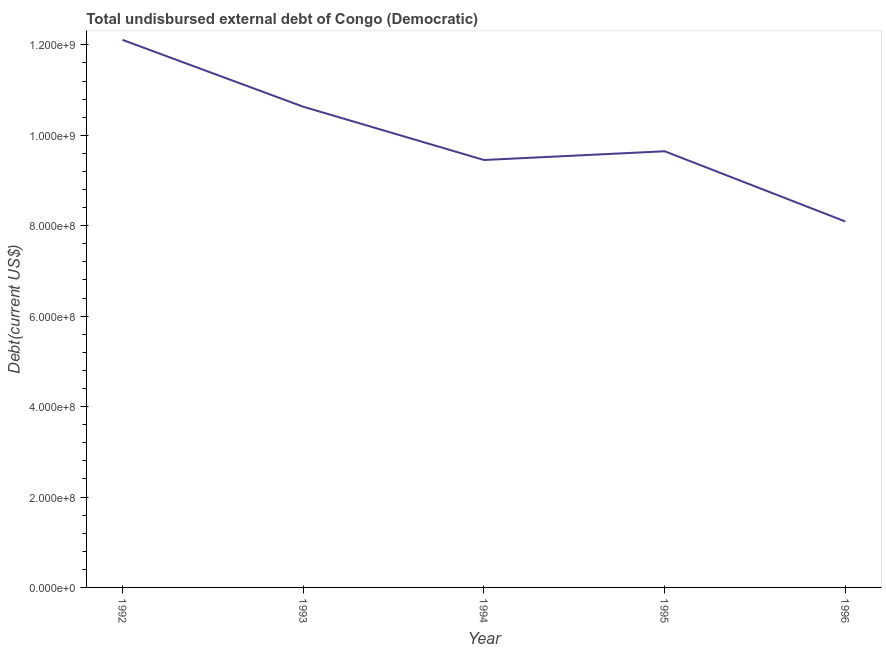
| Year | Total debt |
 | --- | --- |
 | 1992 | 1.21e+09 |
 | 1993 | 1.06e+09 |
 | 1994 | 9.45e+08 |
 | 1995 | 9.65e+08 |
 | 1996 | 8.09e+08 |